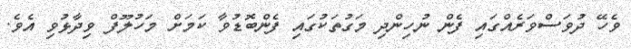
ވެހޭ ދުވަސްވަރެއްގައި ފެން ނުހިންދި މަގުތަކުގައި ފެންބޮޑުވާ ކަމަށް މަހުލޫފް ވިދާޅުވި އެވެ.